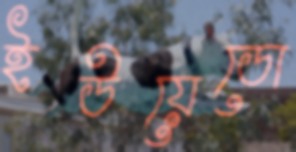
ইউয়েডো